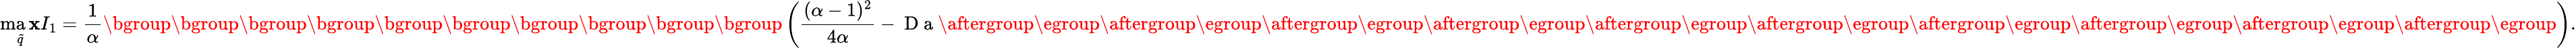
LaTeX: \operatorname*{ma\mathbf{x}}_{\tilde{{q}}}{I_{1}}=\frac{{1}}{{\alpha}}\mathopen{}\mathclose\bgroup\mathopen{}\mathclose\bgroup\mathopen{}\mathclose\bgroup\mathopen{}\mathclose\bgroup\mathopen{}\mathclose\bgroup\mathopen{}\mathclose\bgroup\mathopen{}\mathclose\bgroup\mathopen{}\mathclose\bgroup\mathopen{}\mathclose\bgroup\mathopen{}\mathclose\bgroup\left(\frac{{(\alpha-1)^{2}}}{{4\alpha}}-\mathrm{{~D~a~}}\aftergroup\egroup\aftergroup\egroup\aftergroup\egroup\aftergroup\egroup\aftergroup\egroup\aftergroup\egroup\aftergroup\egroup\aftergroup\egroup\aftergroup\egroup\aftergroup\egroup\right).